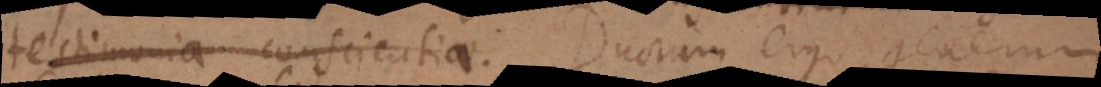
testimonia conscientiae. Duorum ergo generum